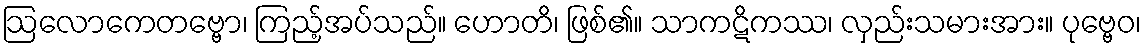
ဩလောကေတဗ္ဗော၊ ကြည့်အပ်သည်။ ဟောတိ၊ ဖြစ်၏။ သာကဋိကဿ၊ လှည်းသမားအား။ ပုဗ္ဗေဝ၊